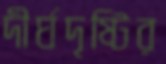
দীর্ঘদৃষ্টির